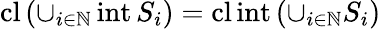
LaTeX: \operatorname{cl}\left(\cup_{i\in\mathbb{N}}\operatorname{int}S_{i}\right)=\operatorname{cl}\operatorname{int}\left(\cup_{i\in\mathbb{N}}S_{i}\right)